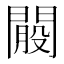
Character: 𨵐